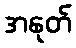
အနုတ်